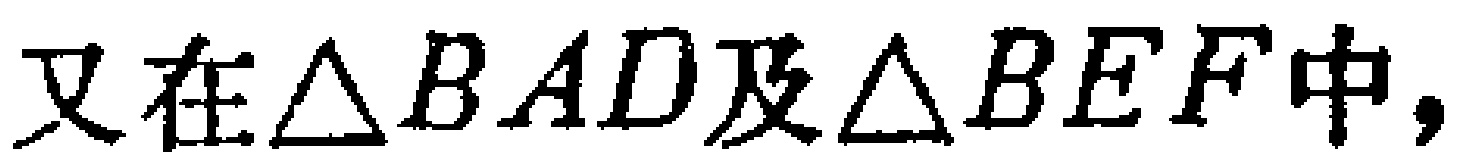
又在$\triangle BAD$及$\triangle BEF$中，